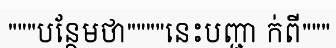
"""បន្ថែមថា""""នេះបញ្ជា ក់ពី"""